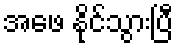
အဖေ နိုင်သွားပြီ